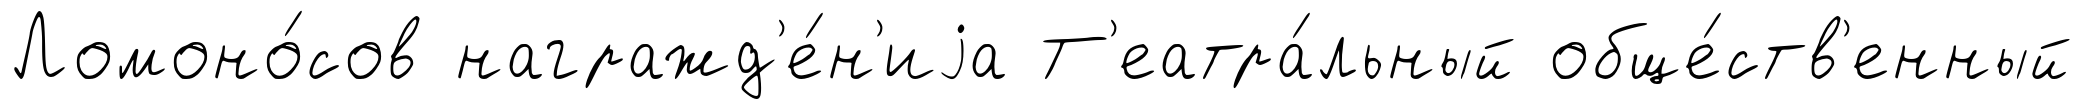
Ломоно́сов награжд'е́н'иjа Т'еатра́льный обще́ств'енный